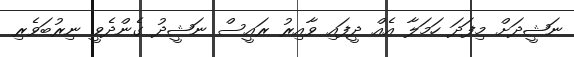
ނަޝީދަށް މިފަދަ ހަމަލާ އެއް ދީފައި ވާއިރު ރައީސް ނަޝީދު ގެންދެވީ ނިރުބަވެރި